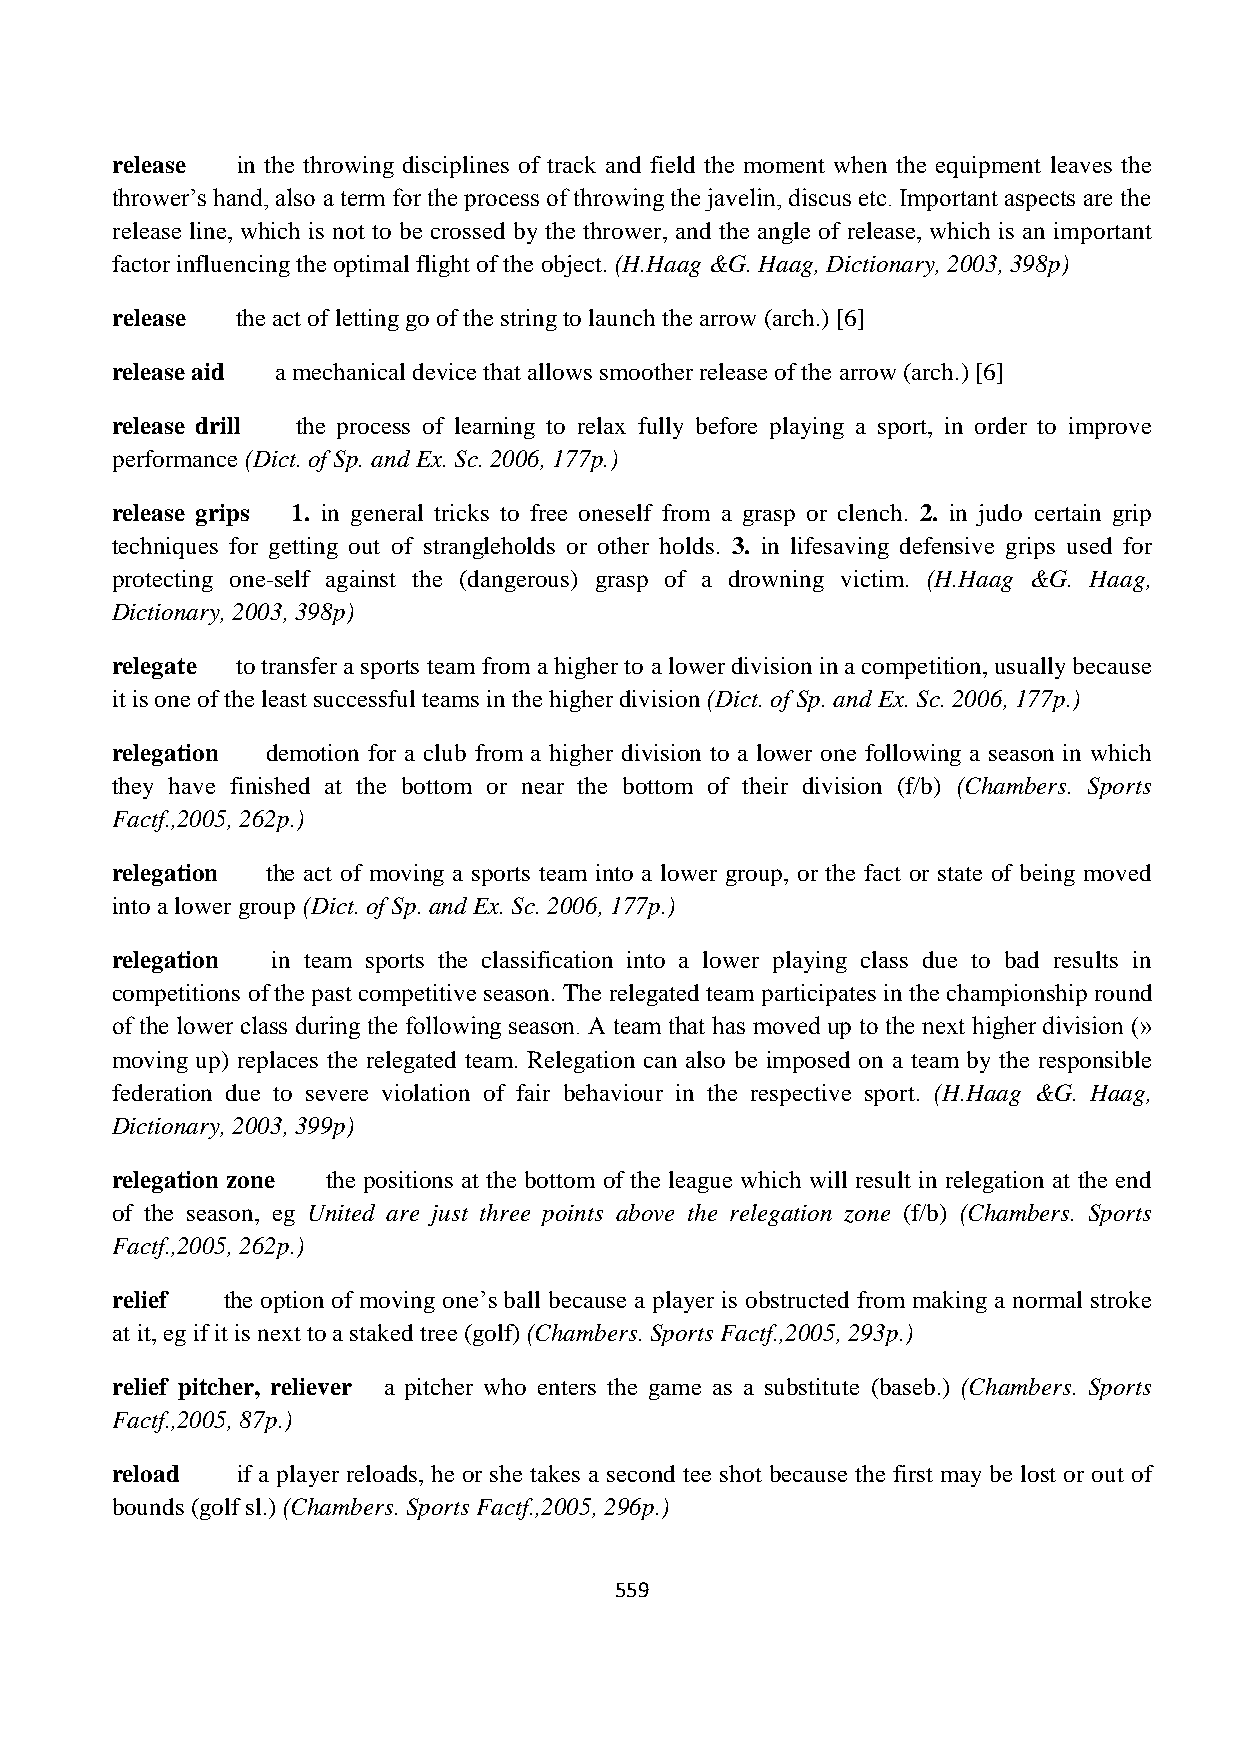
release  in the throwing disciplines of track and field the moment when the equipment leaves the
 thrower’s hand, also a term for the process of throwing the javelin, discus etc. Important aspects are the
 release line, which is not to be crossed by the thrower, and the angle of release, which is an important
 factor influencing the optimal flight of the object. (H.Haag &G. Haag, Dictionary, 2003, 398p)
 release  the act of letting go of the string to launch the arrow (arch.) [6]
 release aid a mechanical device that allows smoother release of the arrow (arch.) [6]
 release drill the process of learning to relax fully before playing a sport, in order to improve
 performance (Dict. of Sp. and Ex. Sc. 2006, 177p.)
 release grips 1. in general tricks to free oneself from a grasp or clench. 2. in judo certain grip
 techniques for getting out of strangleholds or other holds. 3. in lifesaving defensive grips used for
 protecting one-self against the (dangerous) grasp of a drowning victim. (H.Haag &G. Haag,
 Dictionary, 2003, 398p)
 relegate to transfer a sports team from a higher to a lower division in a competition, usually because
 it is one of the least successful teams in the higher division (Dict. of Sp. and Ex. Sc. 2006, 177p.)
 relegation demotion for a club from a higher division to a lower one following a season in which
 they have finished at the bottom or near the bottom of their division (f/b) (Chambers. Sports
 Factf.,2005, 262p.)
 relegation the act of moving a sports team into a lower group, or the fact or state of being moved
 into a lower group (Dict. of Sp. and Ex. Sc. 2006, 177p.)
 relegation in team sports the classification into a lower playing class due to bad results in
 competitions of the past competitive season. The relegated team participates in the championship round
 of the lower class during the following season. A team that has moved up to the next higher division (»
 moving up) replaces the relegated team. Relegation can also be imposed on a team by the responsible
 federation due to severe violation of fair behaviour in the respective sport. (H.Haag &G. Haag,
 Dictionary, 2003, 399p)
 relegation zone the positions at the bottom of the league which will result in relegation at the end
 of the season, eg United are just three points above the relegation zone (f/b) (Chambers. Sports
 Factf.,2005, 262p.)
 relief  the option of moving one’s ball because a player is obstructed from making a normal stroke
 at it, eg if it is next to a staked tree (golf) (Chambers. Sports Factf.,2005, 293p.)
 relief pitcher, reliever a pitcher who enters the game as a substitute (baseb.) (Chambers. Sports
 Factf.,2005, 87p.)
 reload   if a player reloads, he or she takes a second tee shot because the first may be lost or out of
 bounds (golf sl.) (Chambers. Sports Factf.,2005, 296p.)
 559